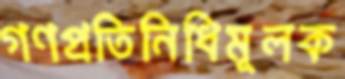
গণপ্রতিনিধিমূলক